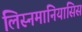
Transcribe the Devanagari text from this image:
लिस्नमानियासिस